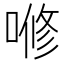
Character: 𭉫